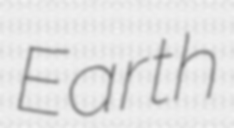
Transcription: Earth